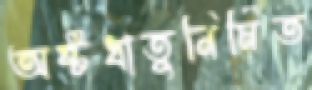
অষ্টধাতুনির্মিত